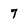
Character: 7